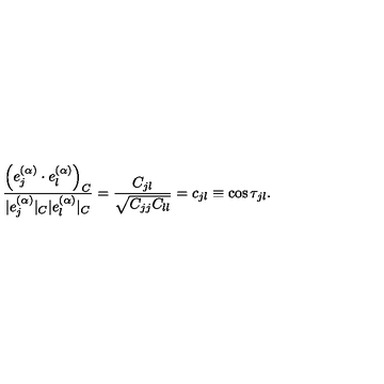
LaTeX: \frac { \left( e _ { j } ^ { ( \alpha ) } \cdot e _ { l } ^ { ( \alpha ) } \right) _ { C } } { | e _ { j } ^ { ( \alpha ) } | _ { C } | e _ { l } ^ { ( \alpha ) } | _ { C } } = \frac { C _ { j l } } { \sqrt { C _ { j j } C _ { l l } } } = c _ { j l } \equiv \cos \tau _ { j l } .